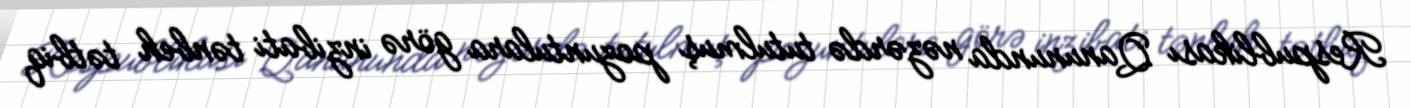
Respublikası Qanununda nəzərdə tutulmuş pozuntulara görə inzibati tənbeh tətbiq